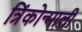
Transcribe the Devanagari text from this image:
त्रिंकोन्माली